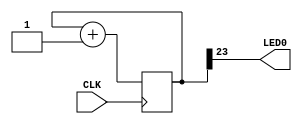
// This program was cloned from: https://github.com/FPGAwars/apio-examples
// License: GNU General Public License v2.0

//------------------------------------------------------------------
//-- Top-level Verilog example
//------------------------------------------------------------------

module Test (
  input CLK,    // 12MHz clock
  output LED0   // D6
);

  reg [23:0] counter = 0;

  always @(posedge CLK) 
    counter <= counter + 1;

  assign LED0 = counter[23];

endmodule